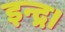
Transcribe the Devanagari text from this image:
इन्द्र।